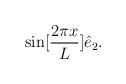
LaTeX: \begin{align*}\sin [\frac{2 \pi x}{L}] \hat{e}_{2}.\end{align*}